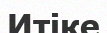
Итіке